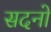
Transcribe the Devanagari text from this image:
सदनो